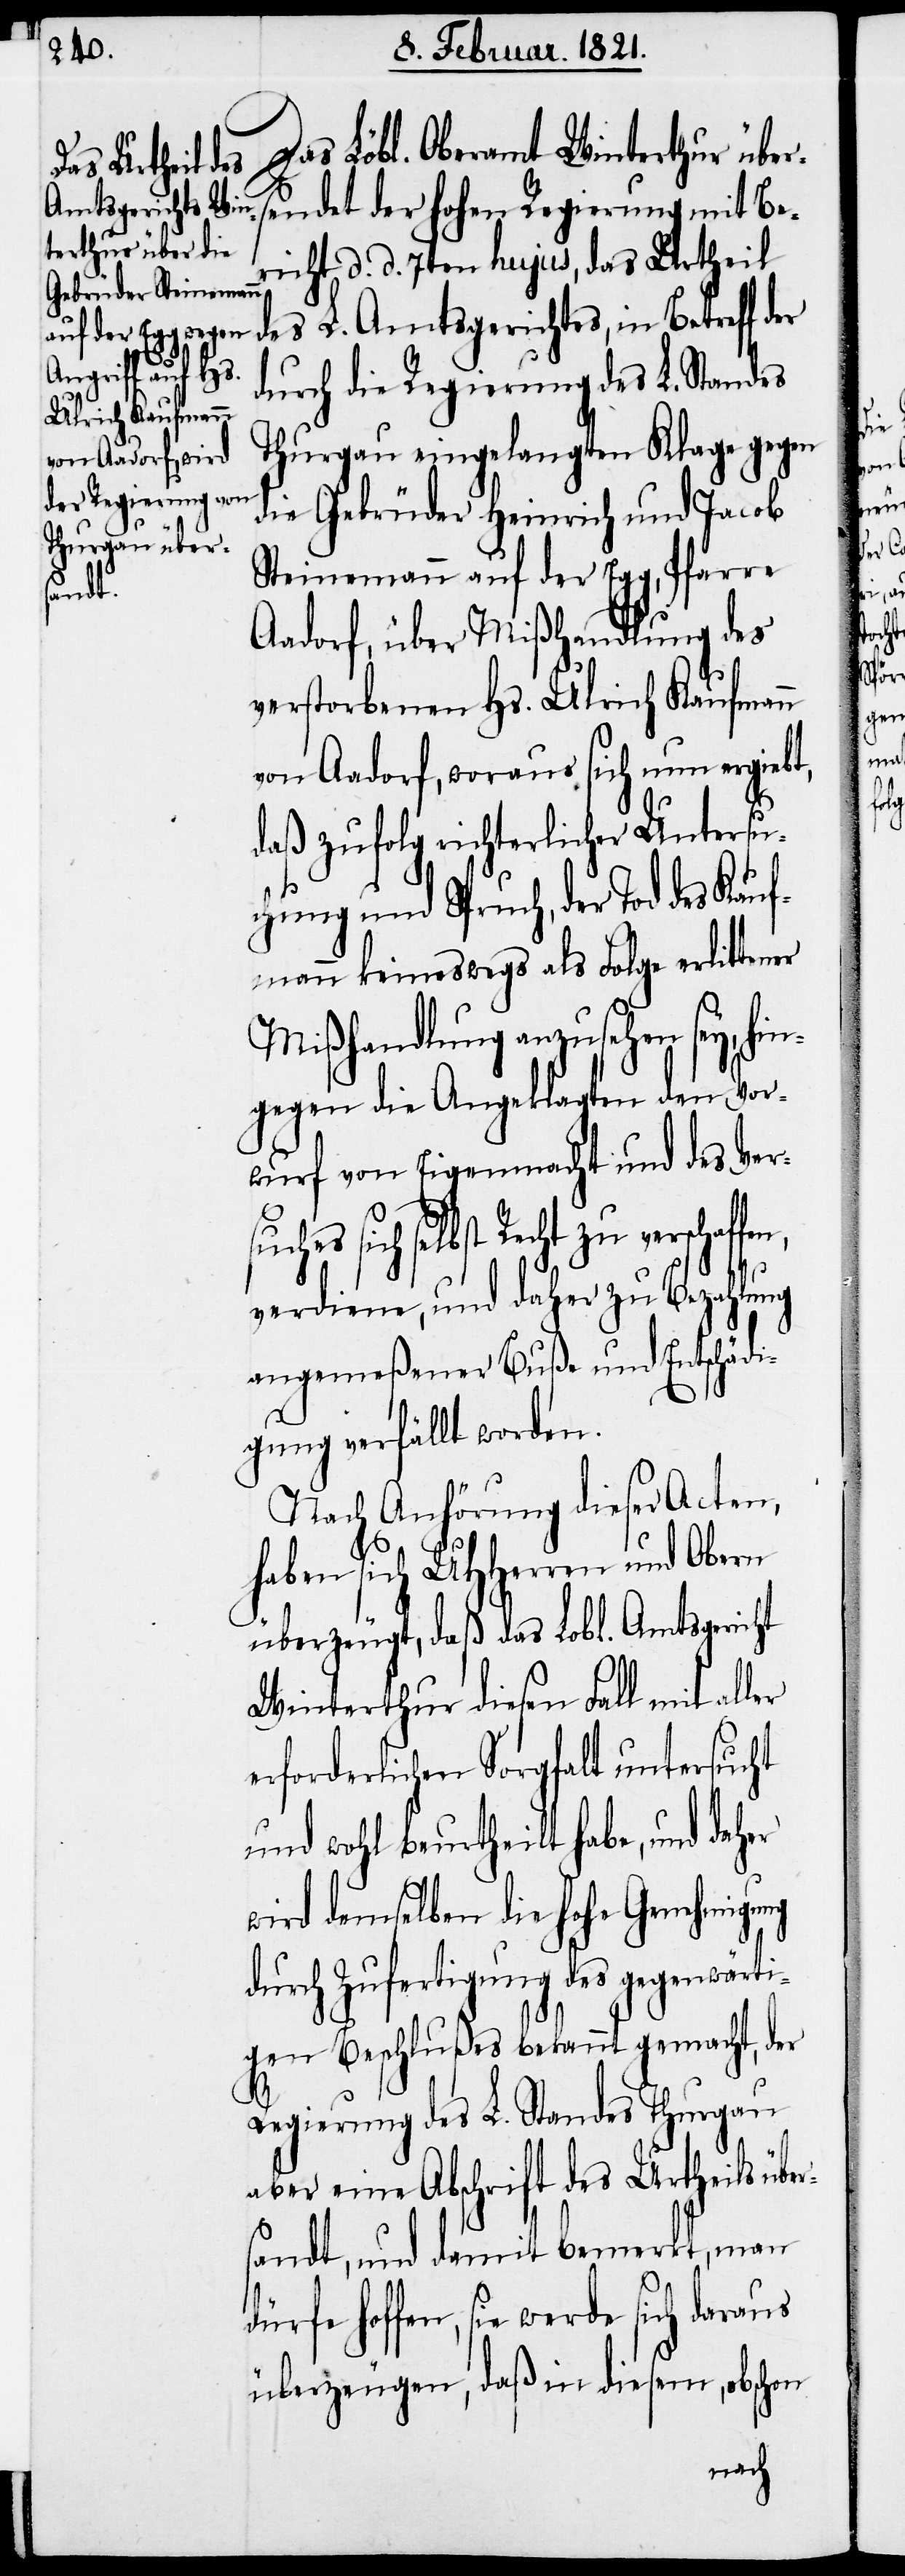
Das Löbl. Oberamt Winterthur über¬
sendet der hohen Regierung mit Be¬
richt d. d. 7ten hujus, das Urtheil
des L. Amtsgerichtes, in Betreff der
durch die Regierung des L. Standes
Thurgau eingelegten Klage gegen
die Gebrüder Heinrich und Jacob
Steinemann auf der Egg, Pfarre
en,
Aadorf, über Mißhandlung des
verstorbenen Hs. Ulrich Kaufmann
von Aadorf, woraus sich nun ergiebt,
daß zufolg richterlicher Untersu¬
chung und Spruch, der Tod des Kauf¬
mann keineswegs als Folge erlittener
Mißhandlung anzusehen sey, hin¬
gegen die Angeklagten den Vor¬
wurf von Eigenmacht und des Ver¬
sich selbst Recht zu verschaff¬
verdiene, und daher zu Bezahlung
angemeßener Buße und Entschädi¬
gung verfällt worden.
Nach Anhörung dieser Acten,
haben sich UHHerren und Obern
überzeugt, daß das Lobl. Amtsgericht
Winterthur diesen Fall mit aller
erforderlichen Sorgfalt untersucht
und wohl beurtheilt habe, und daher
wird demselben die hohe Genehmigung
durch Zufertigung des gegenwärt¬
igen Beschlußes bekannt gemacht, der
Regierung des L. Standes Thurgau
aber eine Abschrift des Urtheils über¬
sandt, und damit bemerkt, man
dürfe hoffen, sie werde sich daraus
überzeugen, daß in diesem, obschon